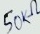
Text: 50KΩ